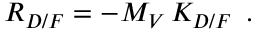
R _ { D / F } = - M _ { V } \, K _ { D / F } \, \, \, .